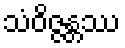
သံဝိဇ္ဇန္တဿ